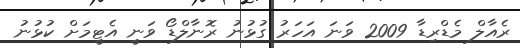
ރެއާލް މެޑްރިޑާ 2009 ވަނަ އަހަރު ގުޅުނު ރޮނާލްޑޯ ވަނީ އެޓީމަށް ކުޅުނު